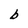
Character: b